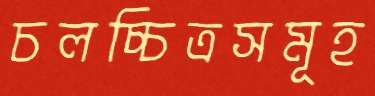
চলচ্চিত্রসমূহ